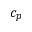
c _ { p }